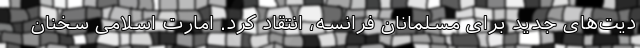
دیت‌های جدید برای مسلمانان فرانسه، انتقاد کرد. امارت اسلامی سخنان